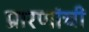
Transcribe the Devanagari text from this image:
प्रारणांची